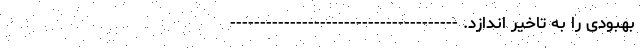
بهبودی را به تاخیر اندازد. --------------------------------------